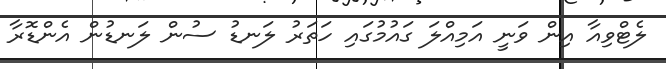
ލެޓްވިއާ އިން ވަނީ އަމިއްލަ ގައުމުގައި ހަތަރު ލަނޑު ސުން ލަނޑުން އެންޑޮރާ